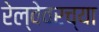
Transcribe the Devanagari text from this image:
रेल्वेवरच्या